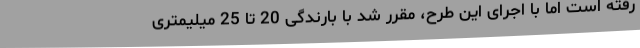
رفته است اما با اجرای این طرح، مقرر شد با بارندگی 20 تا 25 میلیمتری